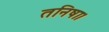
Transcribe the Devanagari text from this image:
तनिषा।